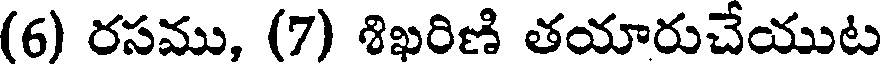
(6) రసము, (7) శిఖరిణి తయారుచేయుట